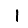
Digit: 1